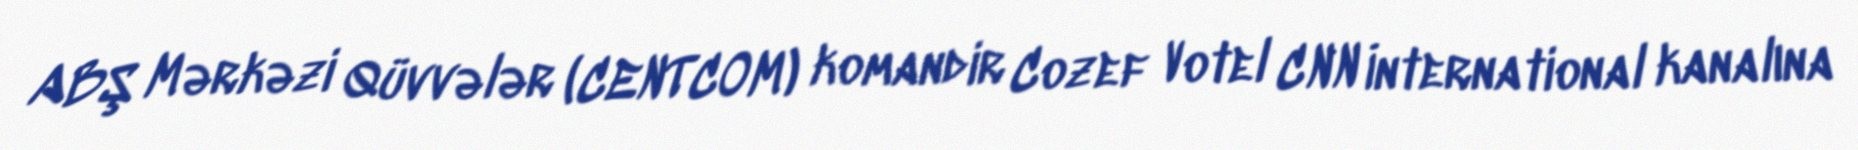
ABŞ Mərkəzi Qüvvələr (CENTCOM) komandir Cozef Votel CNN İnternational kanalına